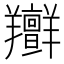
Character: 𦏭